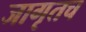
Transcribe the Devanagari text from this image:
जागृतच